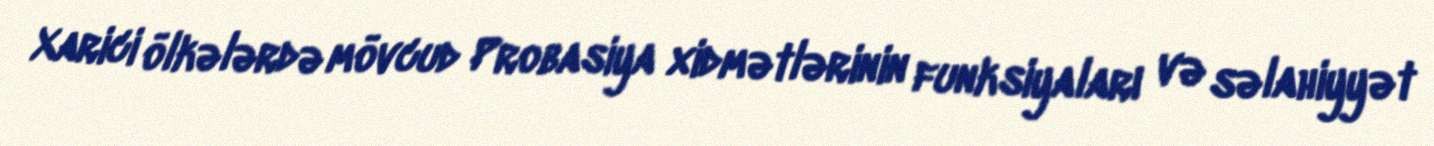
Xarici ölkələrdə mövcud Probasiya xidmətlərinin funksiyaları və səlahiyyət